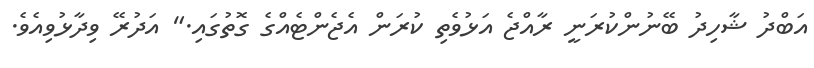
އަބްދު ޝާހިދު ބޭނުންކުރަނީ ރާއްޖެ އަޅުވެތި ކުރަން އެޖެންޓެއްގެ ގޮތުގައި." އަދުރޭ ވިދާޅުވިއެވެ.